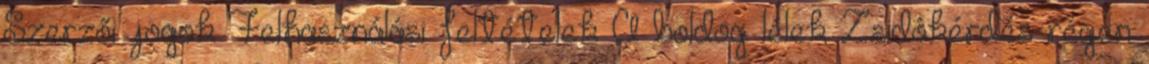
Szerzői jogok Felhasználási feltételek A boldog lélek Zsidókérdés régen